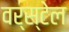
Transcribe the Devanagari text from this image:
वर्स्टेल